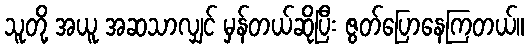
သူတို့ အယူ အဆသာလျှင် မှန်တယ်ဆိုပြီး ဇွတ်ပြောနေကြတယ်။